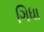
ગિધા